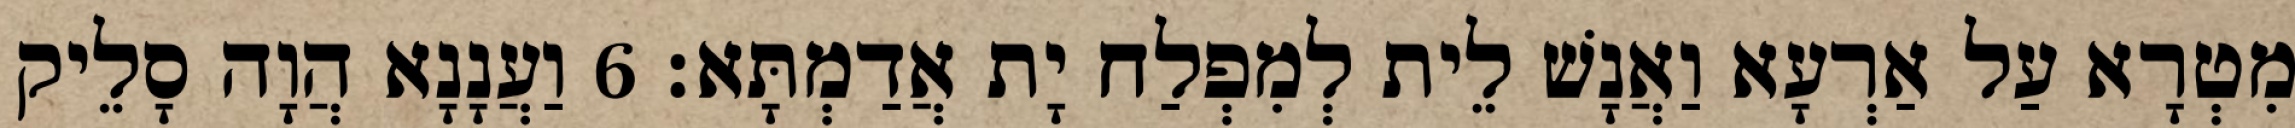
מִטְרָא עַל אַרְעָא וַאֲנָשׁ לֵית לְמִפְלַח יָת אֲדַמְתָּא׃ 6 וַעֲנָנָא הֲוָה סָלֵיק